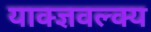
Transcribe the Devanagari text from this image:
याक्ज्ञवल्क्य